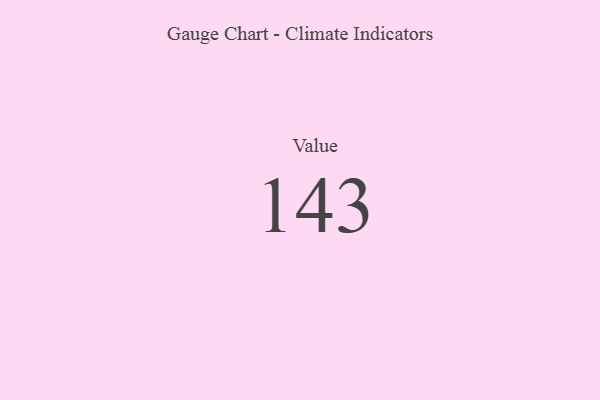
{"axis": {"x": "Metric", "y": "Value"}, "legend": [""], "data": [{"x": "Value", "y": 143, "type": ""}]}